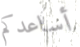
أساعدكم